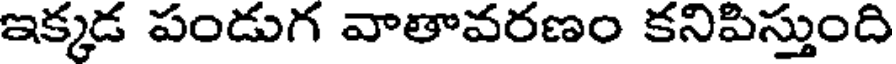
ఇక్కడ పండుగ వాతావరణం కనిపిస్తుంది